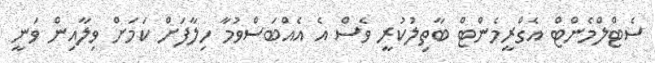
ސެޓްލްމެންޓް އެގްރީމެންޓް ބާތިލުކުރީ ވެސް އެ އެއްބަސްވުމާ ހިލާފަށް ކަމަށް ވިލާއިން ވަނީ